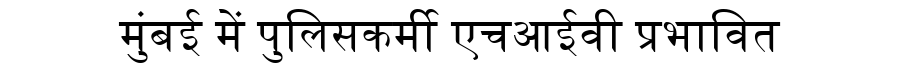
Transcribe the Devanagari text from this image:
मुंबई में पुलिसकर्मी एचआईवी प्रभावित